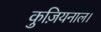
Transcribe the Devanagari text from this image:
कुज़ियनाल।